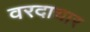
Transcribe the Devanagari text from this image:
वरदाचार